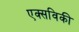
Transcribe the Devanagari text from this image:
एक्सविकी